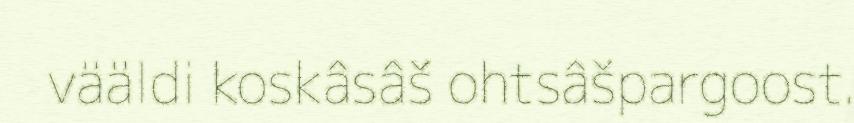
vääldi koskâsâš ohtsâšpargoost.